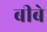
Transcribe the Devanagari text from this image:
बीबे